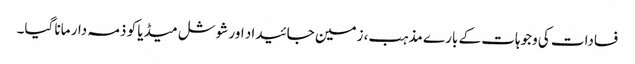
فسادات کی وجوہات کے بارے مذہب، زمین جائیداد اور شوشل میڈیا کو ذمہ دار مانا گیا۔